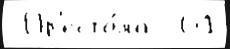
 Пр'есто́ла  61